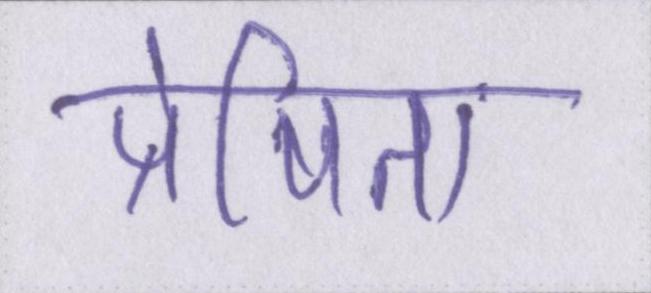
प्रेषित